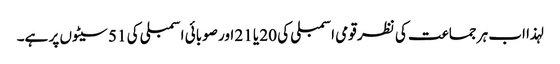
لہذا اب ہر جماعت کی نظر قومی اسمبلی کی 20 یا 21 اور صوبائی اسمبلی کی 51 سیٹوں پر ہے۔